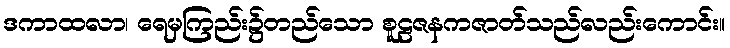
ဒကာထလာ၊ ရေမှကြည်း၌တည်သော စူဠဇနကဇာတ်သည်လည်းကောင်း။